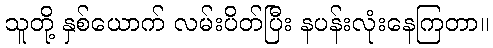
သူတို့ နှစ်ယောက် လမ်းပိတ်ပြီး နပန်းလုံးနေကြတာ။